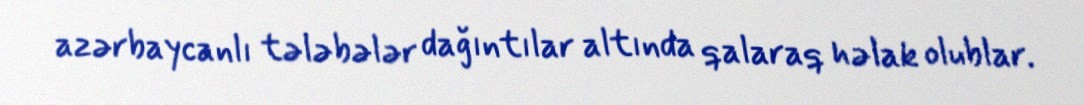
azərbaycanlı tələbələr dağıntılar altında qalaraq həlak olublar.